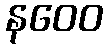
နဝေဝ